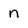
Character: n